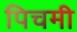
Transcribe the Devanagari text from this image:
पिचमी